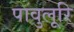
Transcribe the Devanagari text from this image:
पावुलूरि